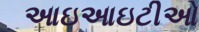
આઇઆઇટીઓ